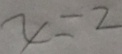
x = 2